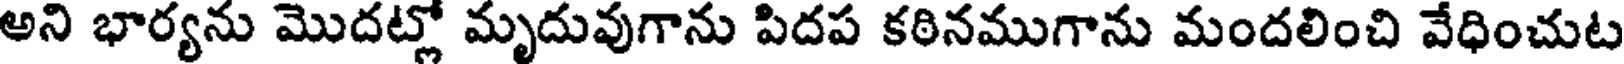
అని భార్యను మొదట్లో మృదువుగాను పిదప కఠినముగాను మందలించి వేధించుట